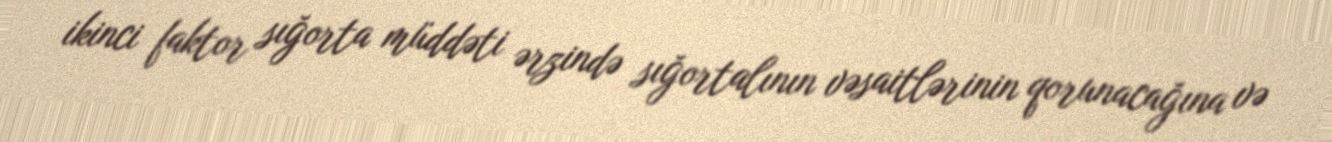
ikinci faktor sığorta müddəti ərzində sığortalının vəsaitlərinin qorunacağına və